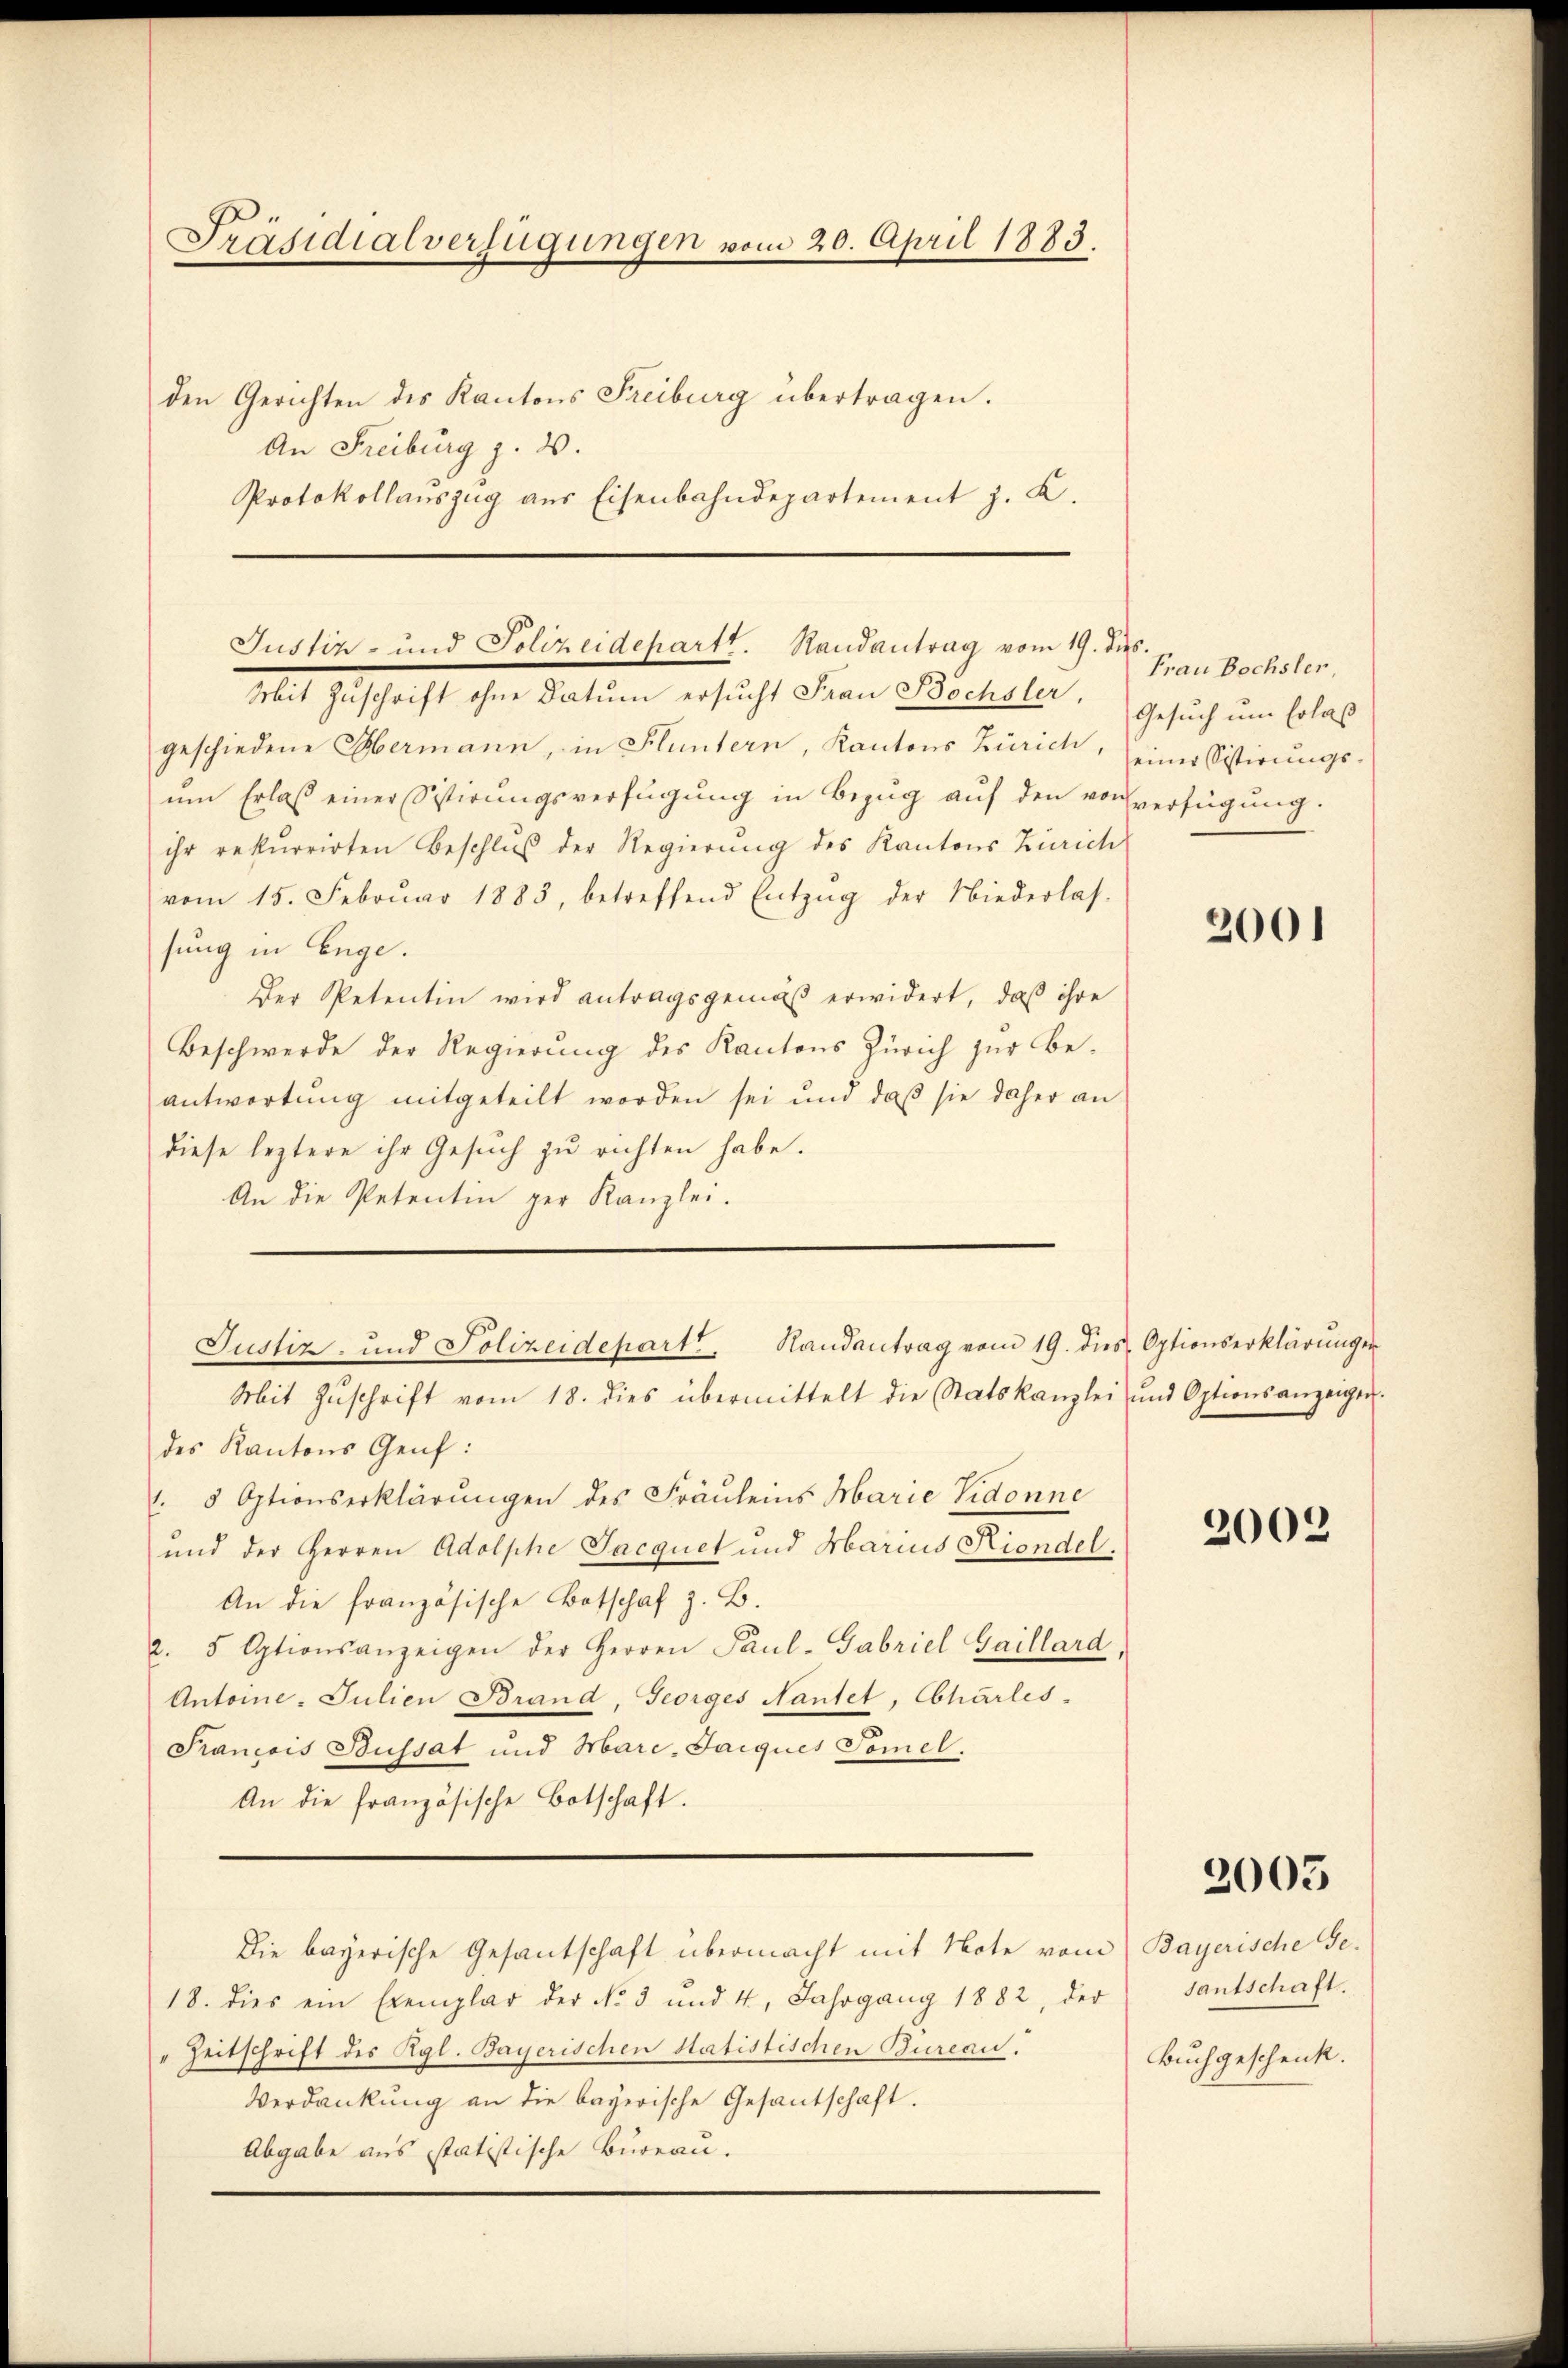
Präsidialverfügungen vom 20. April 1883.
den Gerichten des Kantons Freiburg übertragen.
An Freiburg z. B.
Protokollauszug aus Eisenbahndepartement z. K.

Justiz- und Polizeidepartt. Randantrag vom 19. de
Mit Zuschrift ohne Datum ersucht Frau Bochsler,

geschiedene Obermann, in Fluntern, Kantons Zürich,
um Erlaß einer Sistirungsverfügung in Bezug auf den von
ihr rekurrirten Beschlŭβ der Regierŭng des Kantons Zürich
vom 15. Febrŭar 1883, betreffend Entzŭg der Niederlas-
sung in Enge.
Der Petentin wird antragsgemäß erwidert, daß ihre
Beschwerde der Regierung des Kantons Zürich zur Be-
antwortung mitgeteilt worden sei und daß sie daher an
diese leztere ihr Gesuch zu richten habe.
An die Petentin ger Kanzlei.
Mit Zŭschrift vom 18. dies übermittelt die Statskanzlei und Optionsanzeigen.
des Kantons Genf:
.5 Optionserklärungen des Fräuleins Marie Vidonne
und der Herren Adolphe Jacquet und Marius Riondel.
An die französische Botschaf z. B.
2. 5 Optionsanzeigen der Herren Paul-Gabriel Gaillard,
Antoine-Julien Brand, Georges Nantet, Charles
Prancois Bussat und Marc-Jaiques Tomel.
An die französische Botschaft.
Die bayerische Gesantschaft übermacht mit Note vom
18. dies ein Exemplar der No 3 und 4. Jahrgang 1882, der
Zeitschrift des Kgl. Bayerischen statistischen Bureau.
Verdankŭng an die bayerische Gesantschaft.
Abgabe aus statistische Bureau.

Justiz- und Polizeidepart. Handantrag vom 19. dies Optionserklärungen

fr.
Frau Bochsler
Gesuch um Erlaß
seiner Sistirungsverfügung.

2001

2002

2005

Bayerische Gesantschaft.
Buchgeschenk.